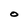
Character: O